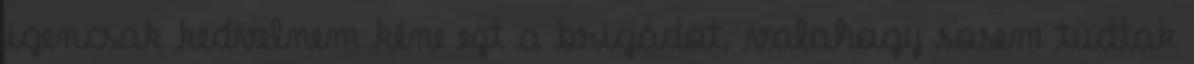
igencsak kedvelnem kéne ezt a brigádot, valahogy sosem tudtak